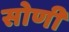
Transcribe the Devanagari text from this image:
सोणी